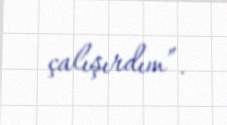
çalışırdım”.